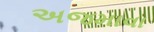
અજમાવા